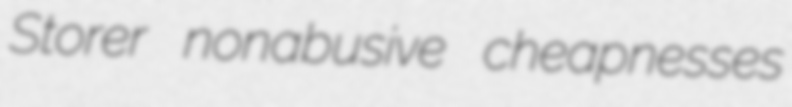
Storer nonabusive cheapnesses